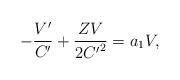
LaTeX: \begin{align*} - \frac{V'}{C'} + \frac{ZV}{2{C'}^2} = a_1V,\end{align*}